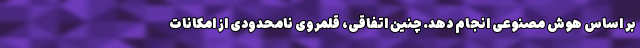
بر اساس هوش مصنوعی انجام دهد. چنین اتفاقی، قلمروی نامحدودی از امکانات